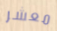
معشر